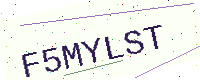
Text: F5MYLST